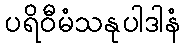
ပရိဝီမံသနုပါဒါနံ